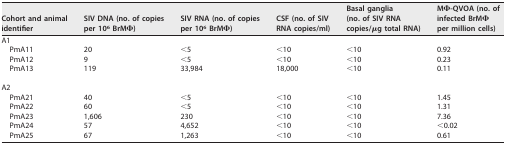
<table><thead><tr><td><b>Cohort and animal identifier</b></td><td><b>SIV DNA (no. of copies per 10<sup>6</sup> BrMΦ)</b></td><td><b>SIV RNA (no. of copies per 10<sup>6</sup> BrMΦ)</b></td><td><b>CSF (no. of SIV RNA copies/ml)</b></td><td><b>Basal ganglia (no. of SIV RNA copies/μg total RNA)</b></td><td><b>MΦ-QVOA (no. of infected BrMΦ per million cells)</b></td></tr></thead><tbody><tr><td>A1</td><td></td><td></td><td></td><td></td><td></td></tr><tr><td>PmA11</td><td>20</td><td>&lt;5</td><td>&lt;10</td><td>&lt;10</td><td>0.92</td></tr><tr><td>PmA12</td><td>9</td><td>&lt;5</td><td>&lt;10</td><td>&lt;10</td><td>0.23</td></tr><tr><td>PmA13</td><td>119</td><td>33,984</td><td>18,000</td><td>&lt;10</td><td>0.11</td></tr><tr><td>A2</td><td></td><td></td><td></td><td></td><td></td></tr><tr><td>PmA21</td><td>40</td><td>&lt;5</td><td>&lt;10</td><td>&lt;10</td><td>1.45</td></tr><tr><td>PmA22</td><td>60</td><td>&lt;5</td><td>&lt;10</td><td>&lt;10</td><td>1.31</td></tr><tr><td>PmA23</td><td>1,606</td><td>230</td><td>&lt;10</td><td>&lt;10</td><td>7.36</td></tr><tr><td>PmA24</td><td>57</td><td>4,652</td><td>&lt;10</td><td>&lt;10</td><td>&lt;0.02</td></tr><tr><td>PmA25</td><td>67</td><td>1,263</td><td>&lt;10</td><td>&lt;10</td><td>0.61</td></tr></tbody></table>